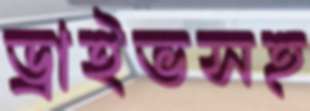
ড্রাইভসহ